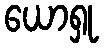
ယောရှု